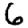
Digit: 6